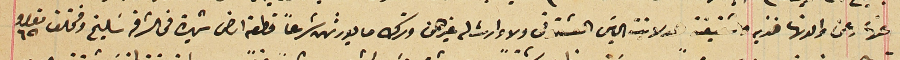
عنها وعن والدتها فنديه وشقيقة هدلا بنت الياسَ العشقوتى ولا وارث له غيرهن وترك ما يورثهن شرعاً قطعة ارض شهيرة فى الشرفة سَليخ ومختلف نومرو ٦٥